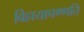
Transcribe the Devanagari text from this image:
विहायापण्णति